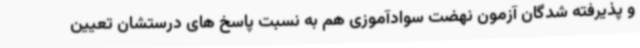
و پذیرفته شدگان آزمون نهضت سوادآموزی هم به نسبت پاسخ های درستشان تعیین